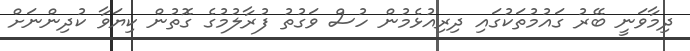
ދިމާވަނީ ބޭރު ގައުމުތަކުގައި ދިރިއުޅެމުން ހުސް ވަގުތު ފުރާލުމުގެ ގޮތުން ކިޔަވާ ކުދިންނަށް